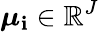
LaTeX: \boldsymbol{\mu}_{\mathbf{i}}\in\mathbb{{R}}^{J}